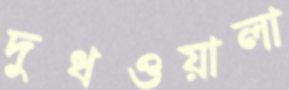
দুধওয়ালা